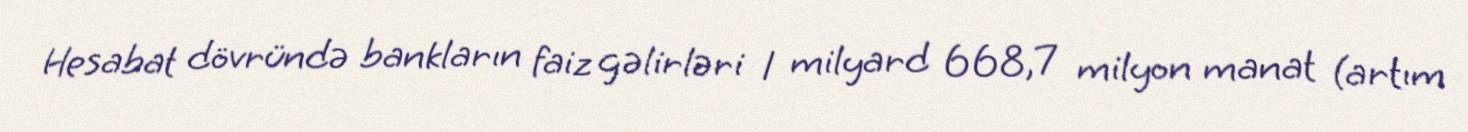
Hesabat dövründə bankların faiz gəlirləri 1 milyard 668,7 milyon manat (artım